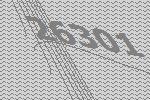
26301